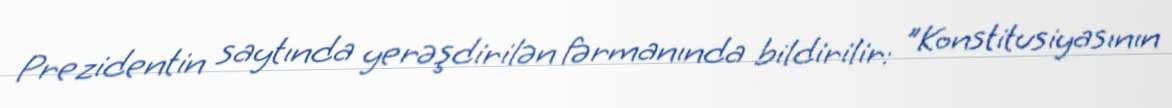
Prezidentin saytında yerəşdirilən fərmanında bildirilir: "Konstitusiyasının